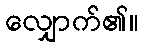
လျှောက်၏။